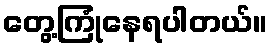
တွေ့ကြုံနေရပါတယ်။